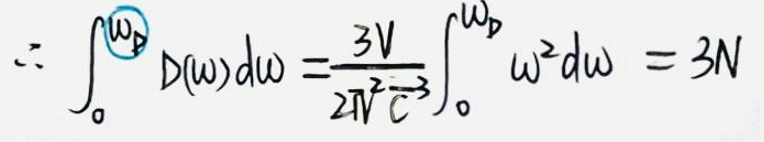
\(\therefore \int_{0}^{\omega_{D}} D(\omega)d\omega=\frac{3V}{2\pi^{2}c^{3}}\int_{0}^{\omega_{D}}\omega^{2}d\omega = 3N\)